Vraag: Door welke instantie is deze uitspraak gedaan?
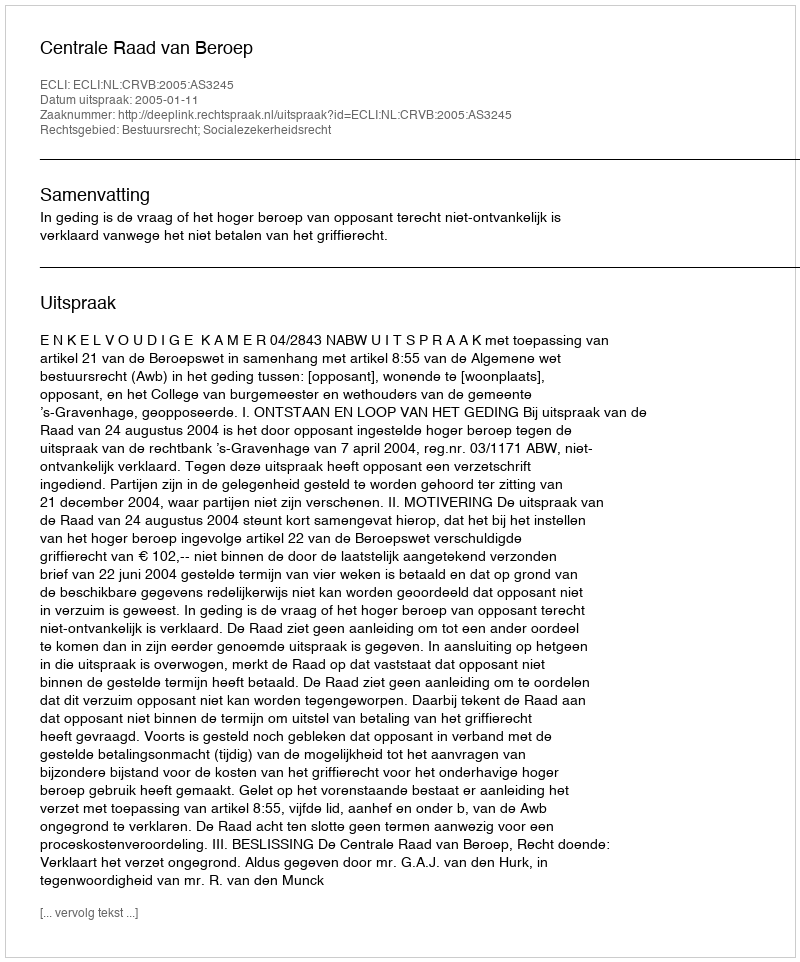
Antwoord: Centrale Raad van Beroep